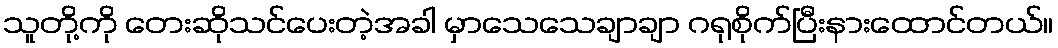
သူတို့ကို တေးဆိုသင်ပေးတဲ့အခါ မှာသေသေချာချာ ဂရုစိုက်ပြီးနားထောင်တယ်။